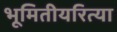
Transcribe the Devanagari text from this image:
भूमितीयरित्या